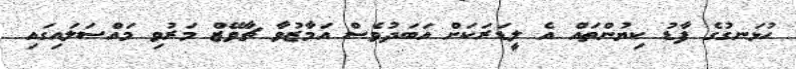
ހުޅަނގުގެ ފާޑު ކިޔުންތައް އެ ލީޑަރަކަށް އަބަދުވެސް އަމާޒުވާ ޗާވޭޒް މަރުވި މައްސަލައިގައި